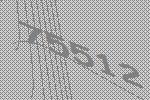
75512